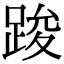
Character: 踆